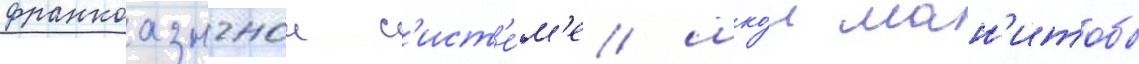
франкоазычнои с'ист'е́м'е шко́л ман'итобы